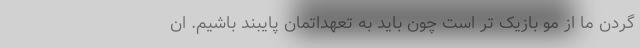
گردن ما از مو بازیک تر است چون باید به تعهداتمان پایبند باشیم. ان